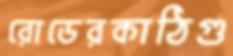
রোডেরকাঠিগু